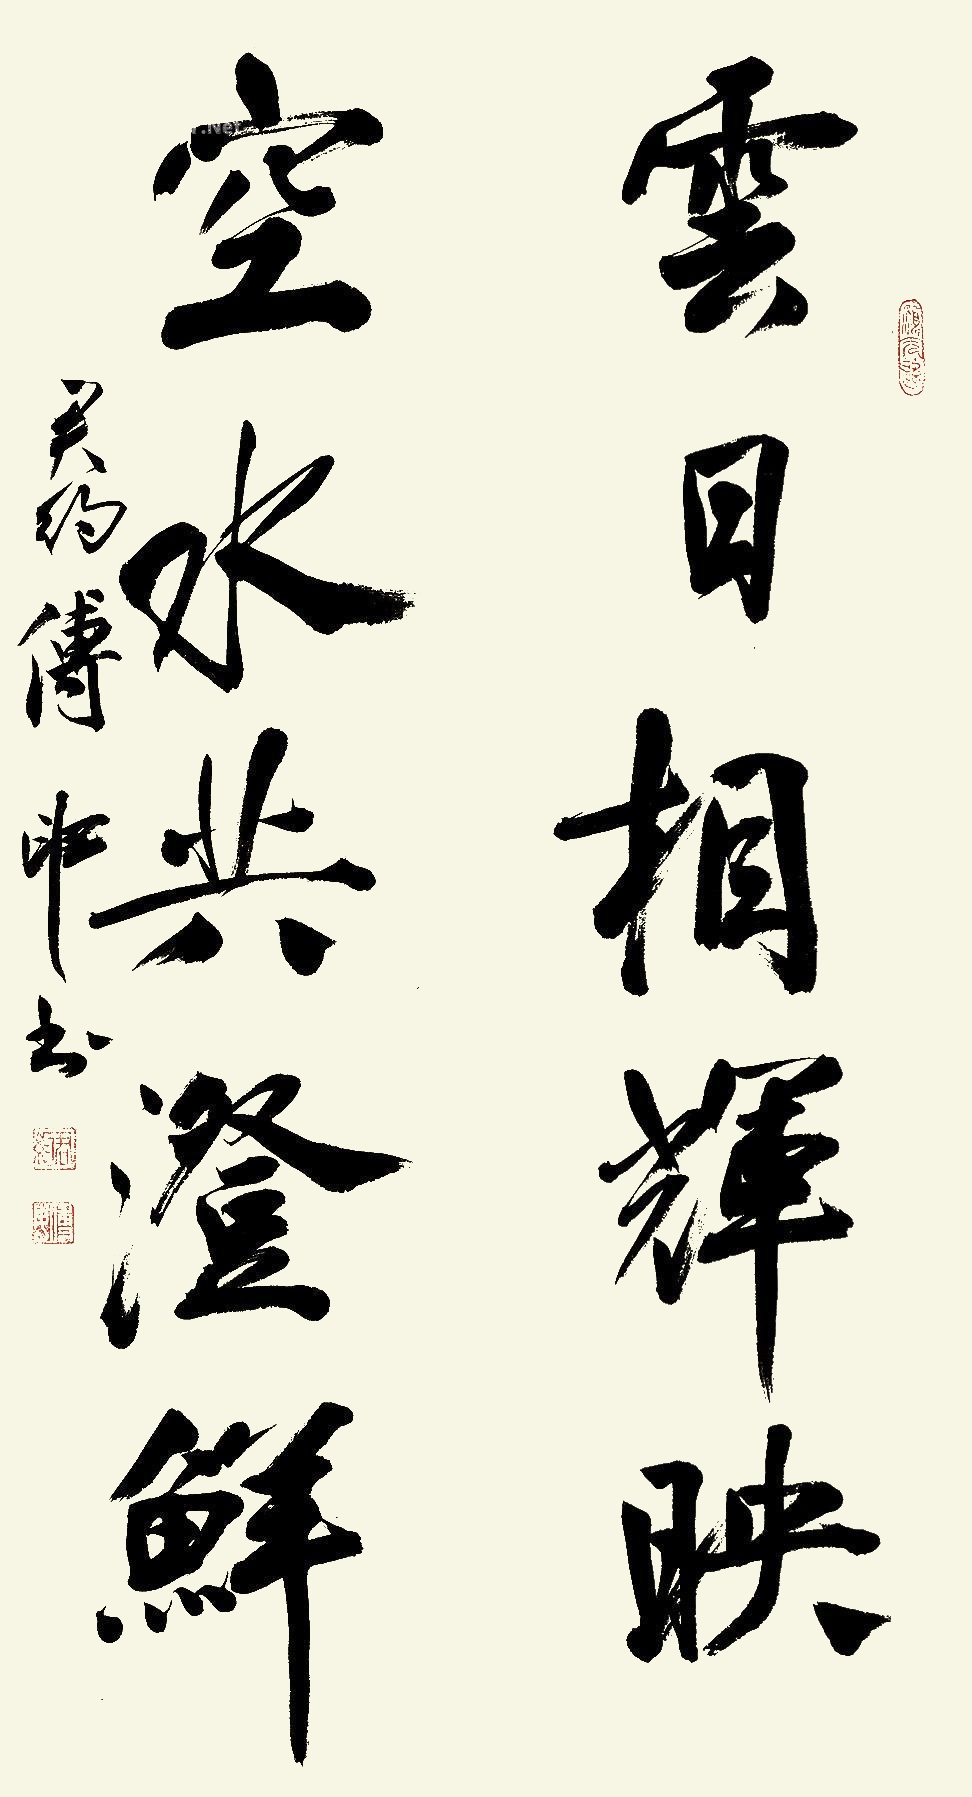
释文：云日相辉映，空水共澄鲜。君约傅申书。